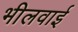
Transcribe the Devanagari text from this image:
भीलवाई